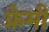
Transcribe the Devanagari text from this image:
फ्रेमी